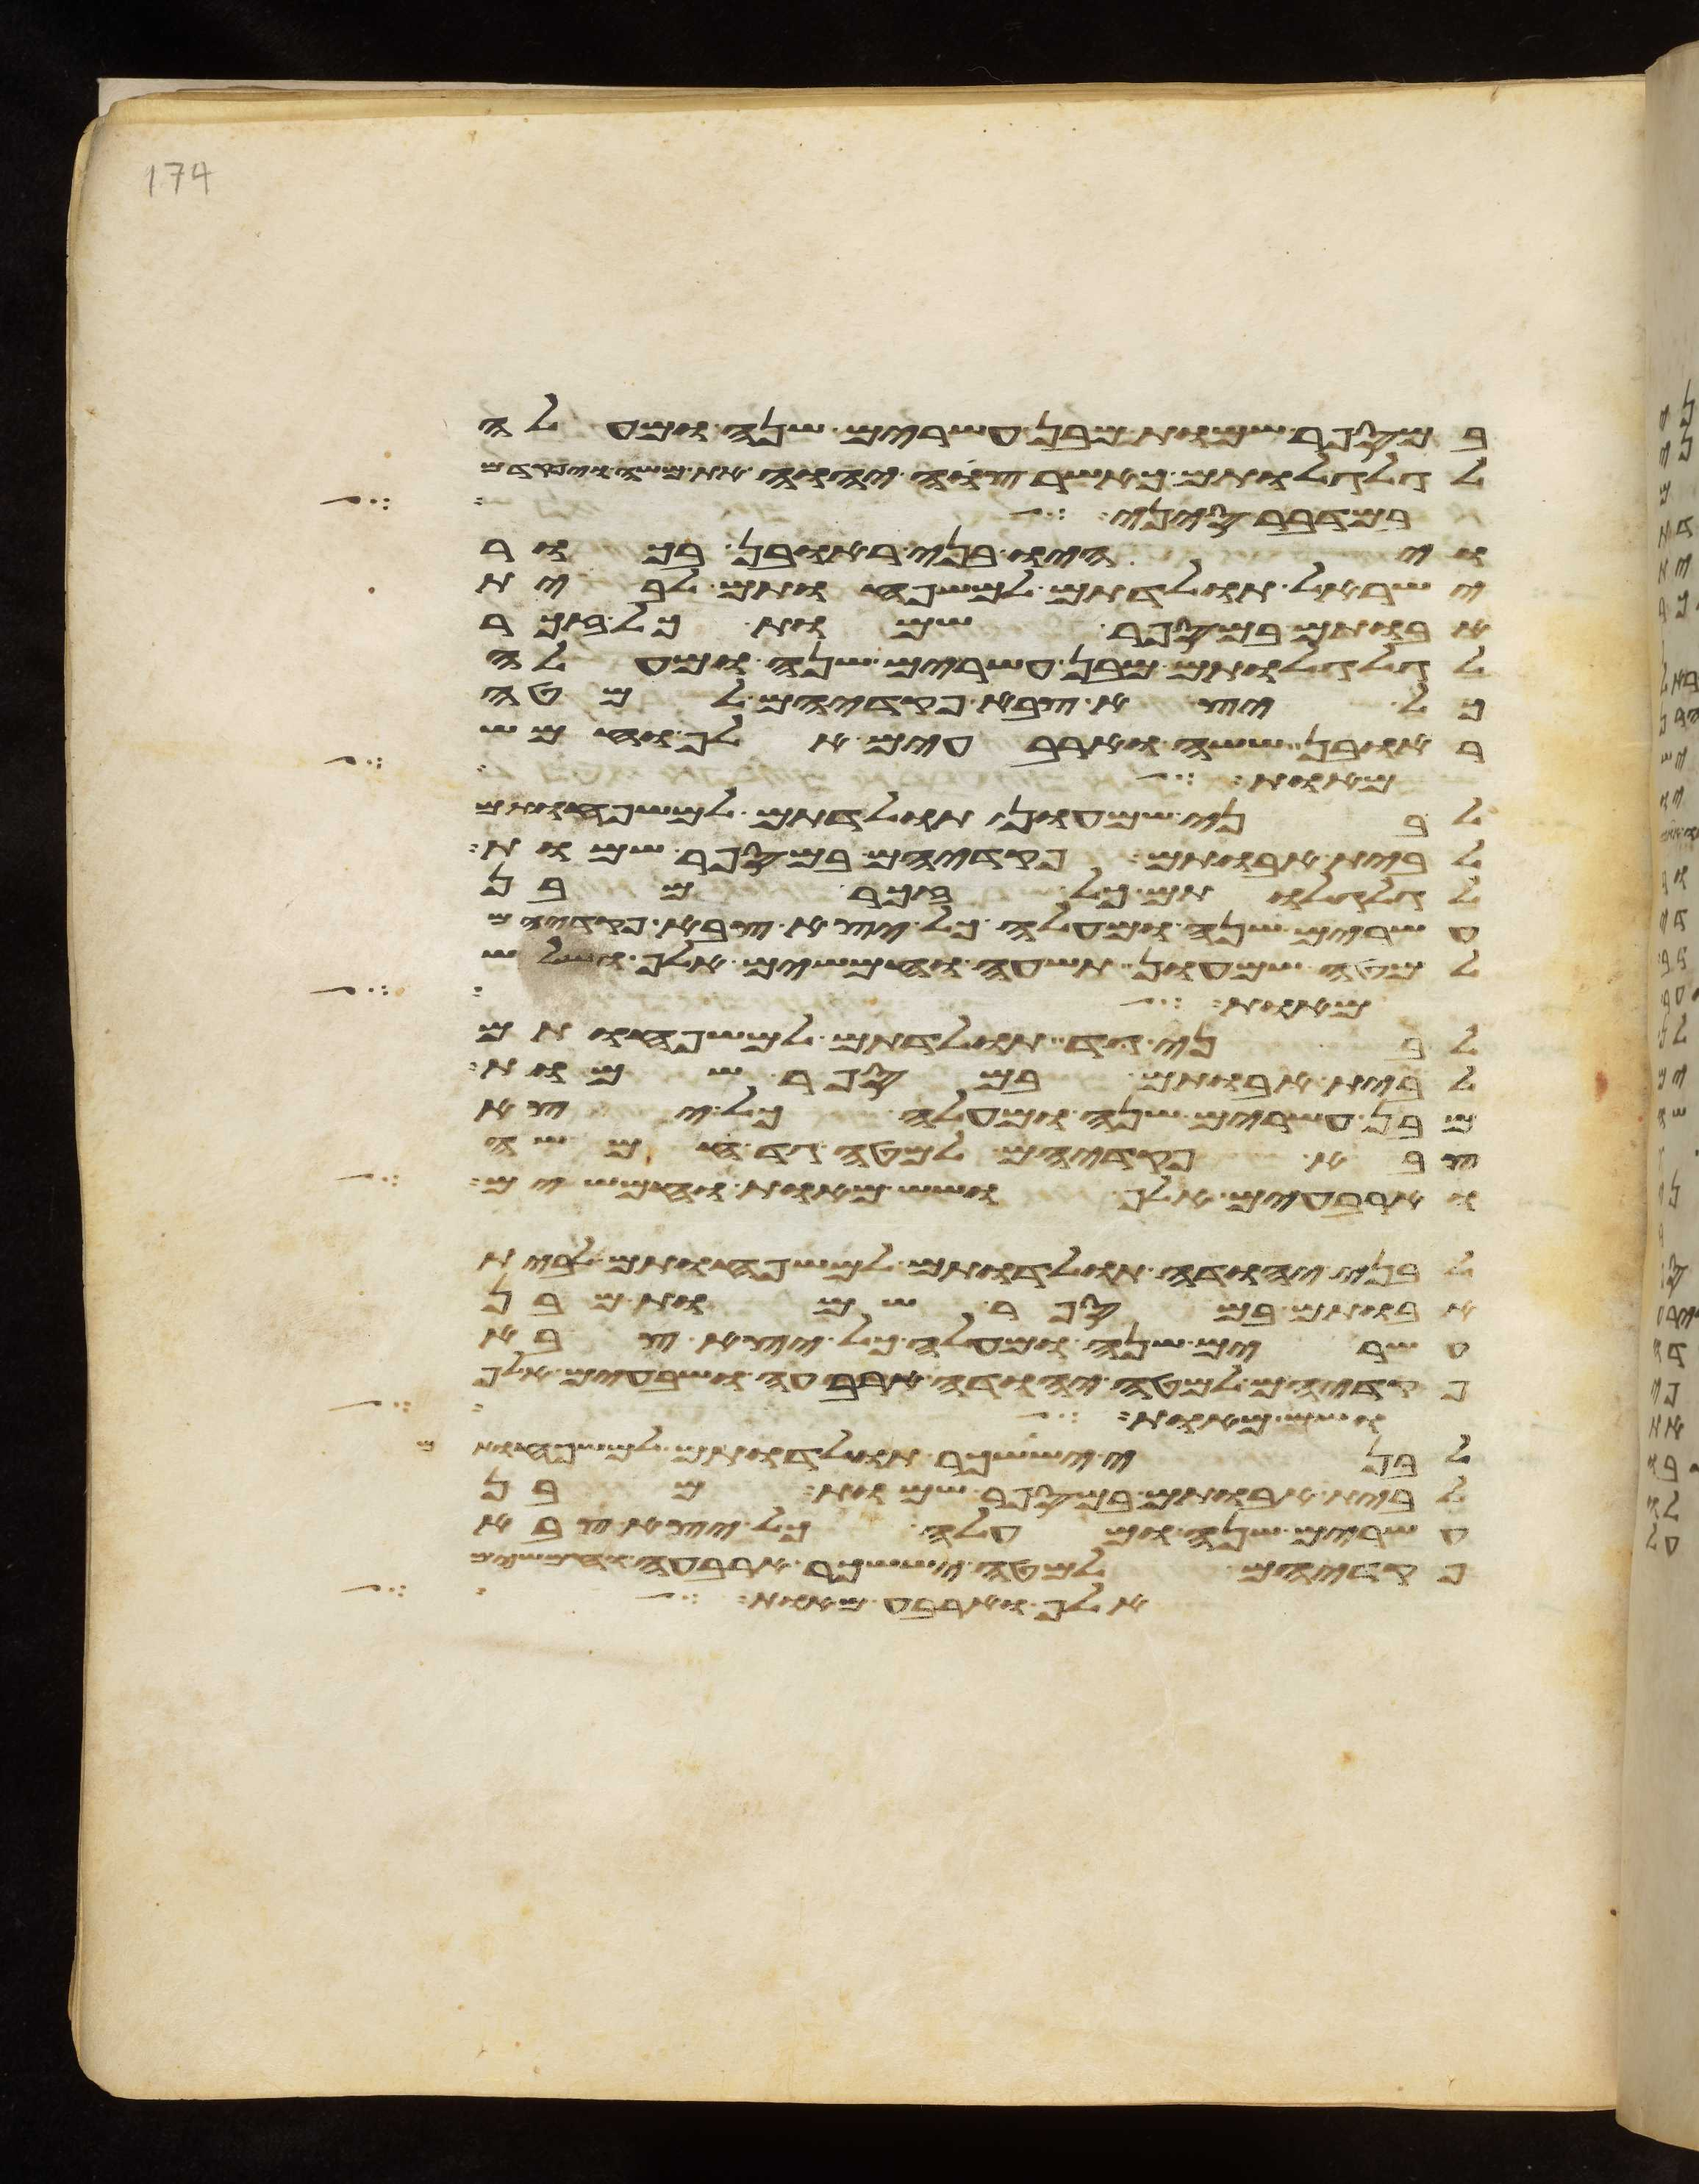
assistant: במספר שמות מבן עשרים שנה ומעלה
לגלגלותם כאשר צוה יהוה את משה ויפקדם
במדבר סיני באהל
ויהיו בני ראובן בכור
ישראל תולדתם למשפחותם לבית
אבותם במספר שמות כל זכר
לגלגלותם מבן עשרים שנה ומעלה
כל יצא צבא פקדיהם למטה
ראובן ששה וארבעים אלף וחמש
אחותנו לאיש אשר לו ערלה
לבני שמעון תולדתם למשפחותם
לבית אבותם פקדיהם במספר שמות
לגלגלתם כל זכר מבן
עשרים שנה ומעלה כל יצא צבא פקדיהם
למטה שמעון תשעה וחמשים אלף ושלש
מאות כל
לבני גד תולדתם למשפחותם
לבית אבותם במספר שמות
מבן עשרים שנה ומעלה כל יצא
צבא פקדיהם למטה גד חמשה
וארבעים אלף ושש מאות וחמשים
לבני יהודה תולדתם למשפחותם לבית
אבותם במספר שמות מבן
עשרים שנה ומעלה כל יצא צבא
פקדיהם למטה יהודה ארבעה ושבעים אלף
ושש מאות לבני
לבני יששכר תולדתם למשפחותם
לבית אבותם במספר שמות מבן
עשרים שנה ומעלה כל יצא צבא
פקדיהם למטה יששכר ארבעה וחמשים
אלף וארבע מאות כל